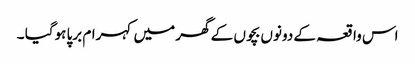
اس واقعہ کے دونوں بچوں کے گھر میں کہرام برپا ہوگیا ۔